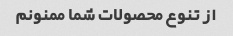
از تنوع محصولات شما ممنونم